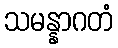
သမန္နာဂတံ